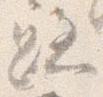
跡